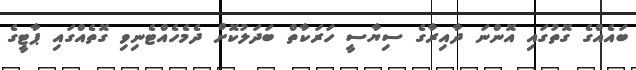
ބައެއްގެ ގޮތުގައި އޮންނަ ދާއިރާގެ ސިޔާސީ ހަރަކާތް ބަދަލުކޮށް ދެމެހެއްޓެނިވި ގޮތެއްގައި ޕާޓީގެ